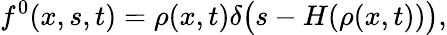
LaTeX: f^{0}(x,s,t)=\rho(x,t)\delta\bigl(s-H(\rho(x,t))\bigr),